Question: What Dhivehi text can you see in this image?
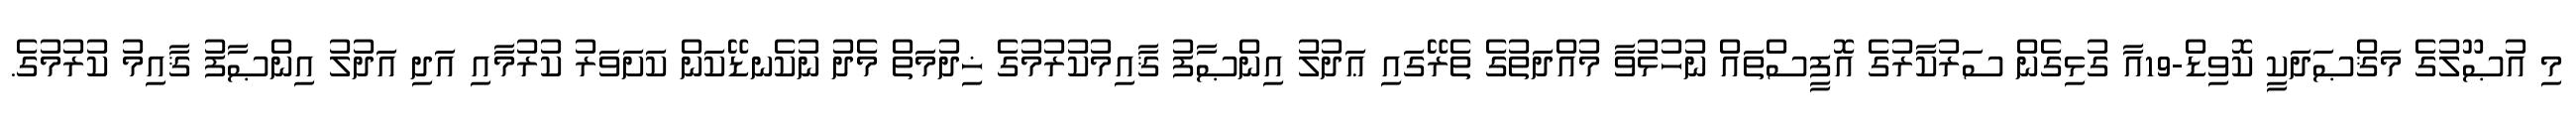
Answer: މި އުޞޫލުގެ މަޤްޞަދަކީ ކޮވިޑް-19އާ ގުޅިގެން ސަރުކާރުގެ އޮފީސްތައް ނުހުޅުވާ މުއްދަތުގެ ތެރޭގައި ޢަދުލު އިންޞާފު ޤާއިމުކުރުމުގެ ޚިދުމަތް މެދު ނުކެނޑޭކަން ކަށަވަރު ކުރުމާއި އަދި އަދުލު އިންޞާފު ޤާއިމު ކުރުމުގެ.